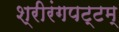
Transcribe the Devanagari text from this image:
श्रीरंगपट्टम्